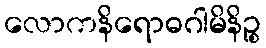
လောကနိရောဓဂါမိနိဉ္စ